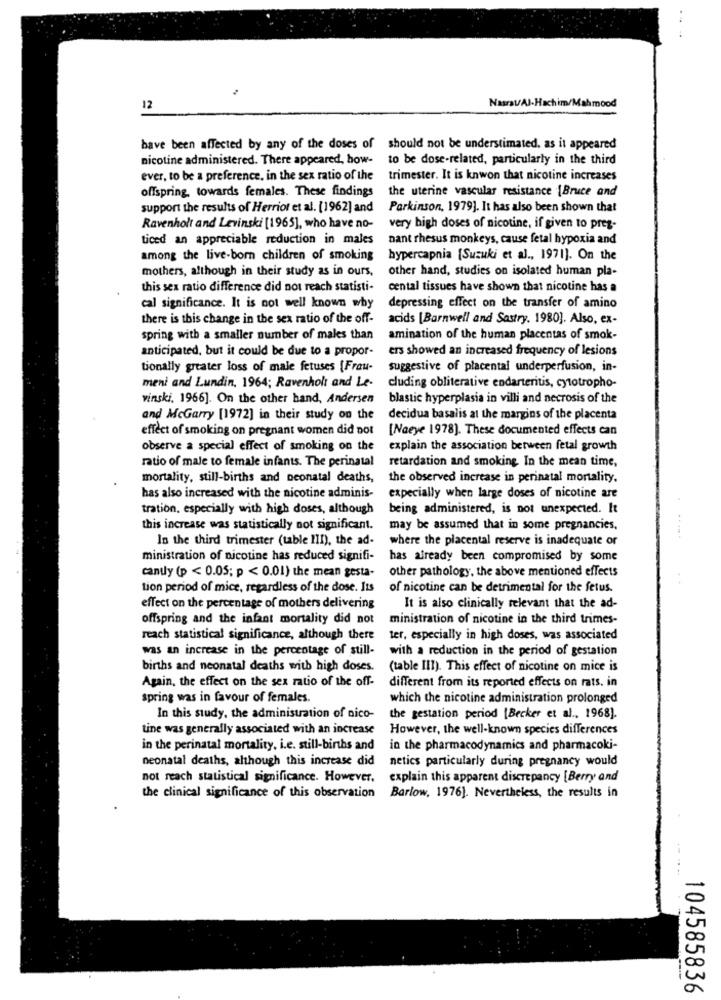
12
Nasrat/Al-Hachim/Mahmood
have been affected by any of the doses of should not be understimated, as it appeared
nicotine administered. There appeared, how-
to be dose-related, particularly in the third
ever, to be a preference, in the sex ratio of the
trimester. It is knwon that nicotine increases
offspring, towards females. These findings
the uterine vascular resistance \Bruce and
support the results of Herriot et al. [1962] and
Parkinson, 1979]. It has also been shown that
Ravenholt and Levinski [1965], who have no-
very high doses of nicotine, if given to pres-
ticed an appreciable reduction in males
nant rhesus monkeys, cause fetal hypoxia and
among the live-born children of smoking
hypercapnia [Suzuki et al ., 1971]. On the
mothers, although in their study as in ours,
other hand, studies on isolated human pla-
this sex ratio difference did not reach statisti-
cental tissues have shown that nicotine has a
cal significance. It is not well known why
depressing effect on the transfer of amino
there is this change in the sex ratio of the off-
acids [Barnwell and Sastry. 1980). Also, ex-
spring with a smaller number of males than
amination of the human placentas of smok-
anticipated, but it could be due to a propor-
ers showed an increased frequency of lesions
tionally greater loss of male fetuses [Frau-
suggestive of placental underperfusion, in-
meni and Lundin, 1964; Ravenholt and Le.
cluding obliterative endarteritis, cytotropho-
vinski, 1966]. On the other hand, Andersen
blastic hyperplasia in villi and necrosis of the
and McGarry [1972] in their study on the
decidua basalis at the margins of the placenta
effect of smoking on pregnant women did not
[Naeye 1978). These documented effects can
observe a special effect of smoking on the explain the association between fetal growth
ratio of male to female infants. The perinatal
retardation and smoking. In the mean time,
mortality, still-births and neonatal deaths,
the observed increase in perinatal mortality.
has also increased with the nicotine adminis-
expecially when large doses of nicotine are
tration, especially with high doses, although
being administered, is not unexpected. It
this increase was statistically not significant.
may be assumed that in some pregnancies.
In the third trimester (table III), the ad-
where the placental reserve is inadequate or
ministration of nicotine has reduced signifi-
has already been compromised by some
other pathology, the above mentioned effects
candy (p < 0.05; p < 0.01) the mean gesta-
tion period of mice, regardless of the dose. Its
of nicotine can be detrimental for the fetus.
effect on the percentage of mothers delivering
It is also clinically relevant that the ad-
offspring and the infant mortality did not
ministration of nicotine in the third trimes-
reach statistical significance, although there
ter, especially in high doses, was associated
was an increase in the percentage of still-
with a reduction in the period of gestation
births and neonatal deaths with high doses.
(table III). This effect of nicotine on mice is
Again, the effect on the sex ratio of the off-
different from its reported effects on rats, in
spring was in favour of females.
which the nicotine administration prolonged
In this study, the administration of nico-
the gestation period [Becker et al ., 1968).
tine was generally associated with an increase
However, the well-known species differences
in the perinatal mortality, i.e. still-births and
in the pharmacodynamics and pharmacoki-
neonatal deaths, although this increase did
netics particularly during pregnancy would
not reach statistical significance. However.
explain this apparent discrepancy [Berry and
the clinical significance of this observation
Barlow, 1976). Nevertheless, the results in
104585836